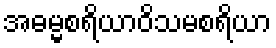
အဓမ္မစရိယာဝိသမစရိယာ